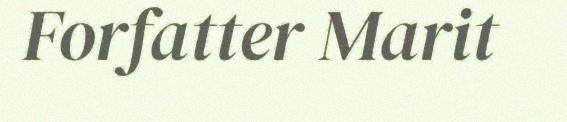
Forfatter Marit